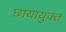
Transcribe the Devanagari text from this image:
छायायुक्त